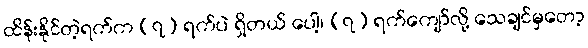
ထိန်းနိုင်တဲ့ရက်က (၇) ရက်ပဲ ရှိတယ် ပေါ့၊ (၇) ရက်ကျော်လို့ သေချင်မှတော့